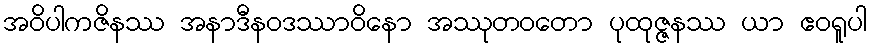
အဝိပါကဇိနဿ အနာဒီနဝဒဿာဝိနော အဿုတဝတော ပုထုဇ္ဇနဿ ယာ ဧဝရူပါ